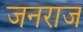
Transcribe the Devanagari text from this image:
जनराज